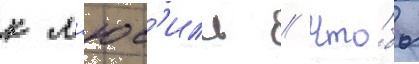
к л'юс'иль // Что́бы